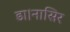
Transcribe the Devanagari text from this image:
डा।नासिर